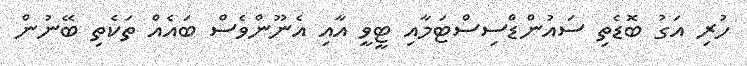
ހުރި އަގު ބޮޑެތި ސައުންޑްސިސްޓަމާއި ޓީވީ އާއި އެނޫންވެސް ބައެއް ތަކެތި ބޭނުން